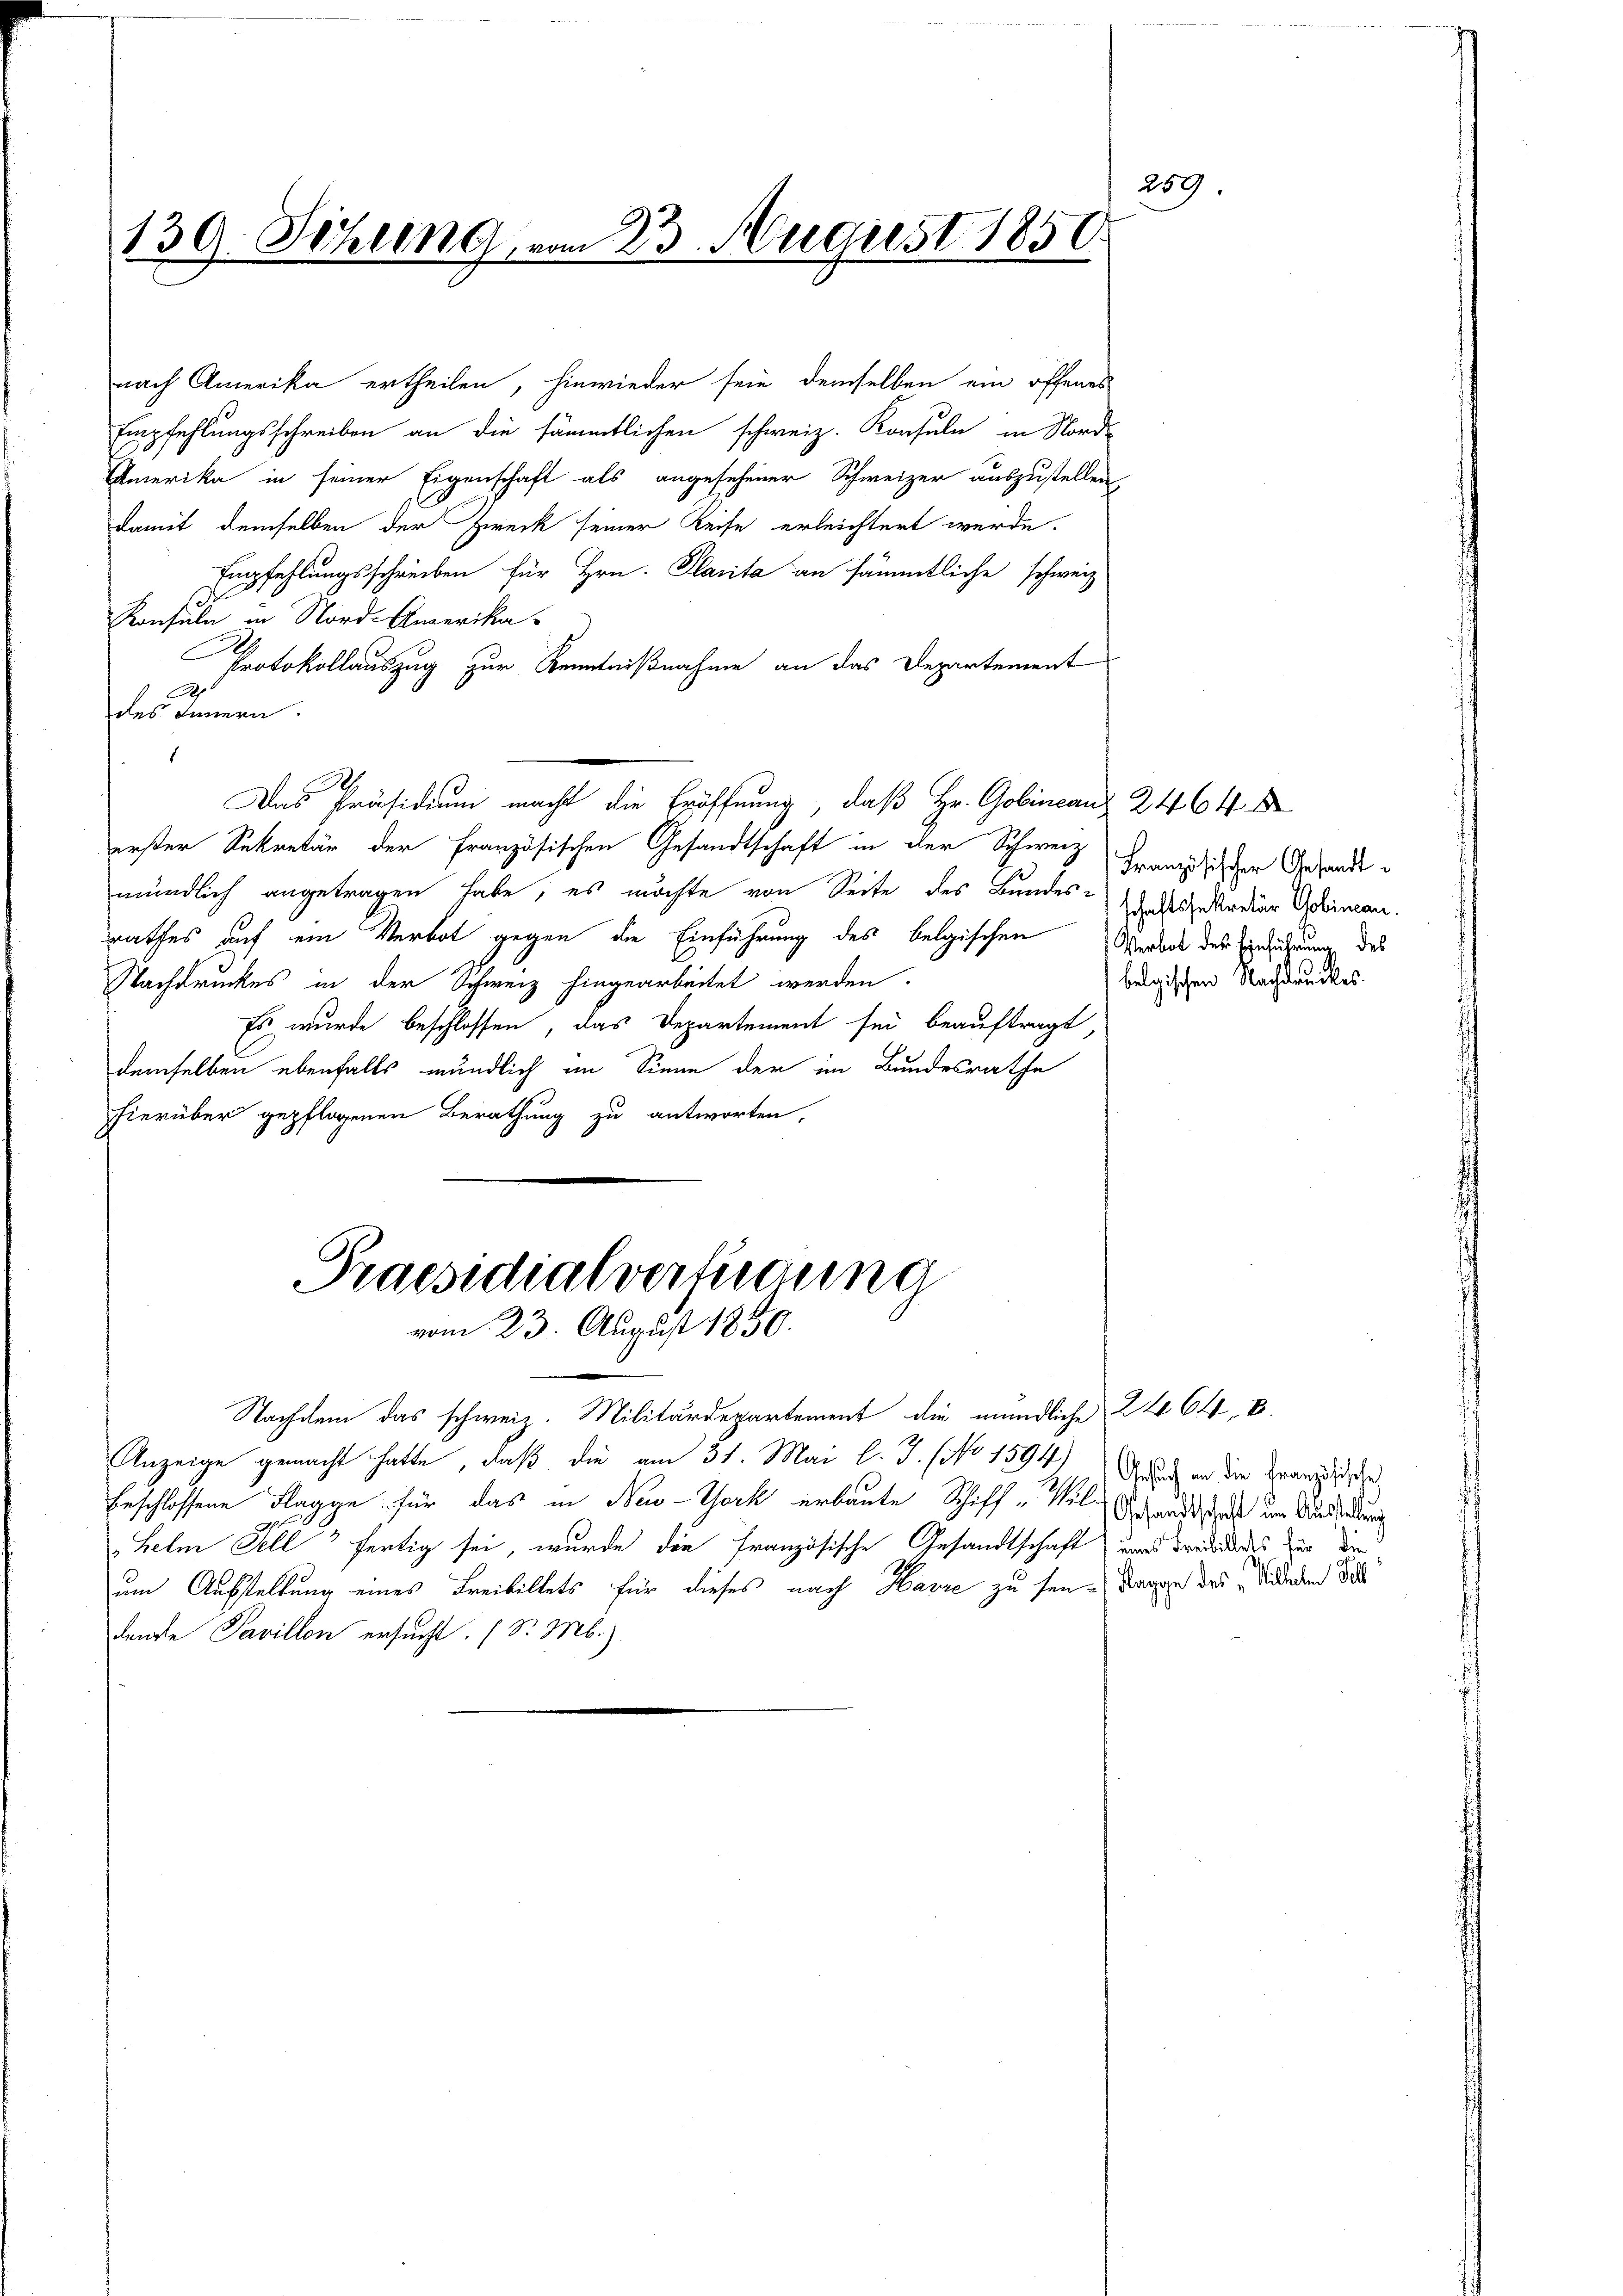
259
139. Sehling vom 23. August 1850

nach Amerika ertheilen, hinwieder sein demselben ein offenes
Empfehlungsschreiben an die sämmtlichen schweiz. Konsuln in Nord-
Amerika in seiner Eigenschaft als angesehener Schweizer auszustellen,
damit demselben der Zweck seiner Reise erleichtert werde.
Empfehlungsschreiben für Hrn. Planita an sämmtliche schweiz
Konsuln in Nord-Amerika
Protokollauszug zur Kenntnißnahme an das Departement
2
des Innern.
1
Das Präsidium macht die Eröffnung, daß Hr. Gobincanz 2464
erster Sekretär der Französischen Gesandtschaft in der Schweiz
mündlich angetragen habe, es möchte von Seite des Bundes-ankadi Soliman.
rathes auf ein Verbot gegen die Einführung des belgischen Mordert der Einführung des
Nachdruckes in der Schweiz hingearbeitet werden.
Es wurde beschlossen, das Departement sei beauftragt
demselben ebenfalls mündlich im Sinne der im Bundesrathe
hierüber gepflogenen Berathung zu antworten,
Praesidialverfügung
vom 23. August 1850.
Nachdem das schweiz. Militärdepartement die mündliche 2464, V.
Anzeige gemacht hatte, daß die am 31. Mai l. J. (No 1394) Grade in die Französis
beschlossene Flagge für das in New-York erbaute Schiff "Vol. Schande das um Aussenderung
Helm Tell“ fertig sei, wurde die Französische Gesandtschaft und Freundes für die
um Aufstellung eines Freibillets für dieses nach Harre zu seine Tagen des Sidlenden de
dende Pavillon ersucht. (S. Mb.)

Französischer Gesandt

belgischen Nachdruckes.